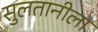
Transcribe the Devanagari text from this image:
सुलतानीला